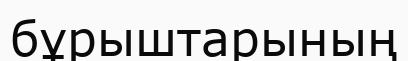
бұрыштарының